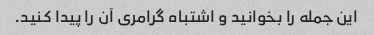
این جمله را بخوانید و اشتباه گرامری آن را پیدا کنید.